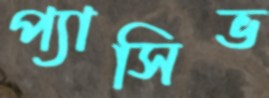
প্যাসিভ